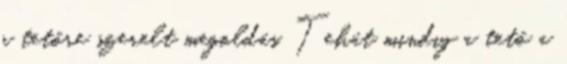
a tetőre szerelt megoldás. Tehát mindig a tető a